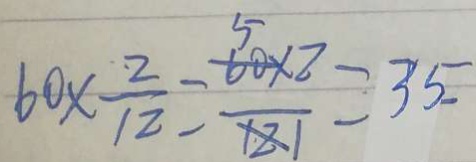
6 0 \times \frac { 2 } { 1 2 } - \frac { 5 } { 1 } = 3 5